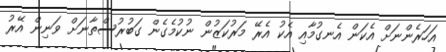
އަހަރެންނަށް އެކަން އެނގުމާއި އެކު އެރޭ މަރުކަޒުން ނުކުމެގެން ގަބުރުސްތާނަށް ވަނިން އޭރު